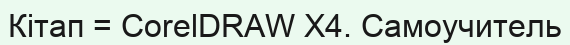
Кітап = CorelDRAW X4. Самоучитель